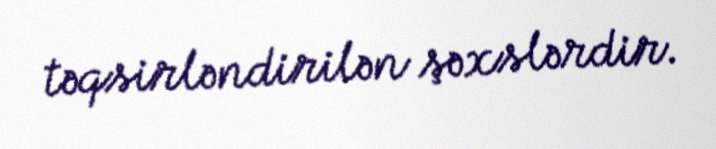
təqsirləndirilən şəxslərdir.